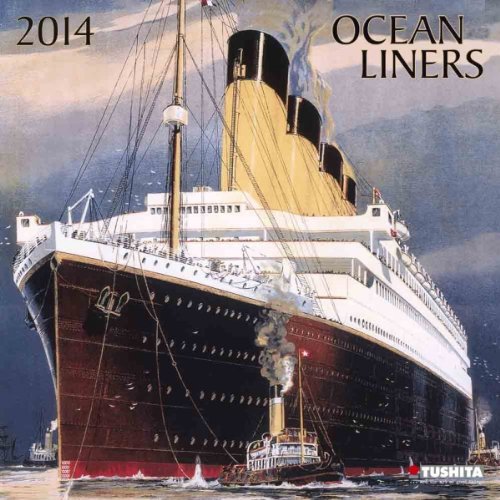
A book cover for Oceanliners 2014 (Media Illustration); Calendars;